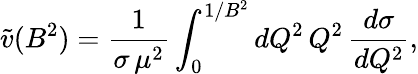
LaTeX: \tilde{v}(B^{2})=\frac 1{\sigma\, \mu^{2}}\int_{0}^{1/B^{2}}{dQ^{2}}\, Q^{2}\, \frac{d\sigma}{dQ^{2}},